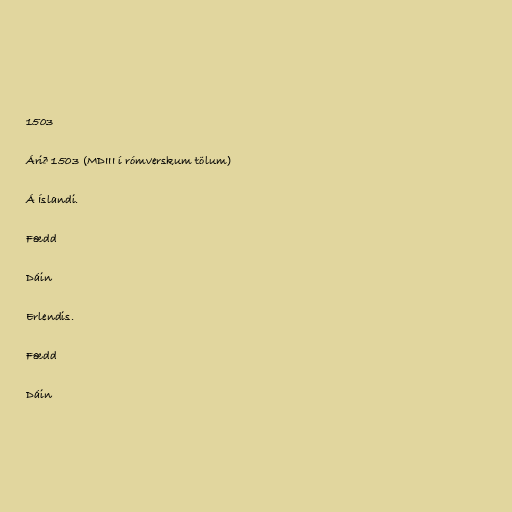
1503

Árið 1503 (MDIII í rómverskum tölum)

Á Íslandi.

Fædd

Dáin

Erlendis.

Fædd

Dáin